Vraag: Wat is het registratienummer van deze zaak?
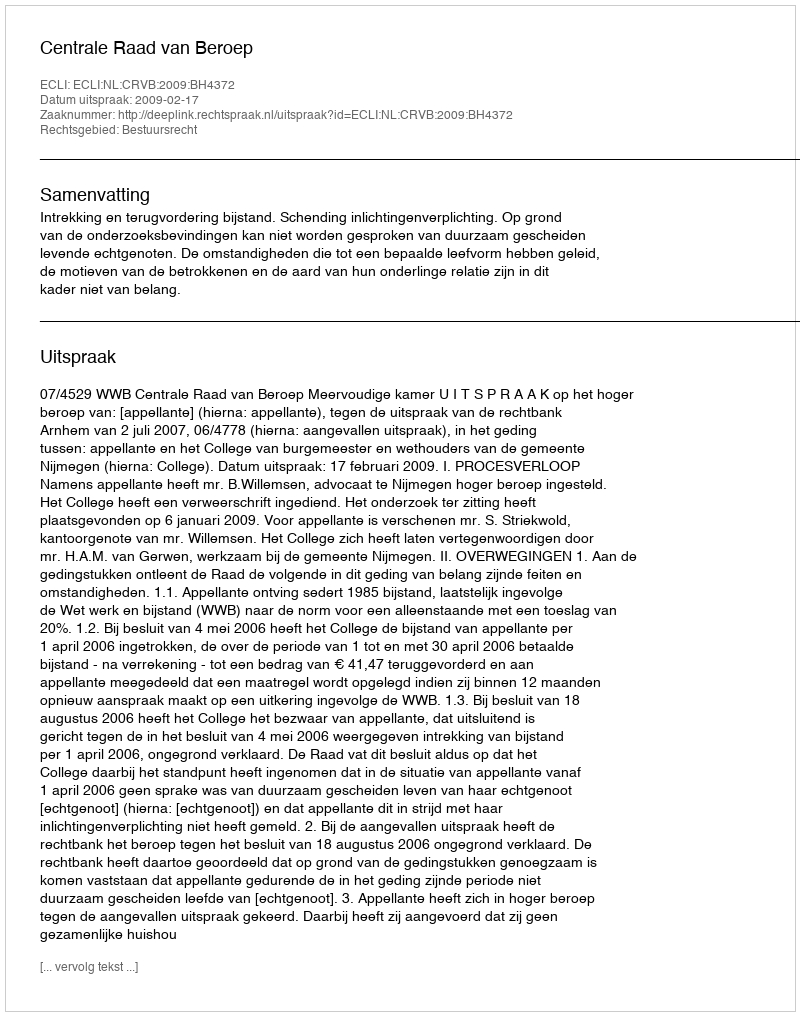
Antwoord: http://deeplink.rechtspraak.nl/uitspraak?id=ECLI:NL:CRVB:2009:BH4372